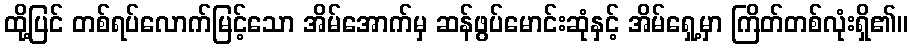
ထို့ပြင် တစ်ရပ်လောက်မြင့်သော အိမ်အောက်မှ ဆန်ဖွပ်မောင်းဆုံနှင့် အိမ်ရှေ့မှာ ကြိတ်တစ်လုံးရှိ၏။